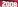
2008